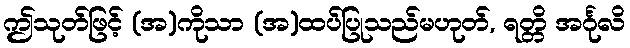
ဤသုတ်ဖြင့် (အ)ကိုသာ (အ)ထပ်ပြုသည်မဟုတ်, ရတ္တိ အင်္ဂုလိ